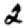
Digit: 2